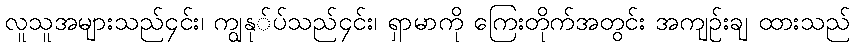
လူသူအများသည်၄င်း၊ ကျွနု်ပ်သည်၄င်း၊ ရှာမာကို ကြေးတိုက်အတွင်း အကျဉ်းချ ထားသည်